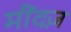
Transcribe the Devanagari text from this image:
मींदज़